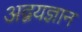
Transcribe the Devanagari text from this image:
अद्वयज्ञान